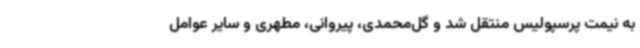
به نیمت پرسپولیس منتقل شد و گل‌محمدی، پیروانی، مطهری و سایر عوامل